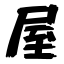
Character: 屋